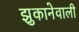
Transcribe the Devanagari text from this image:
झुकानेवाली